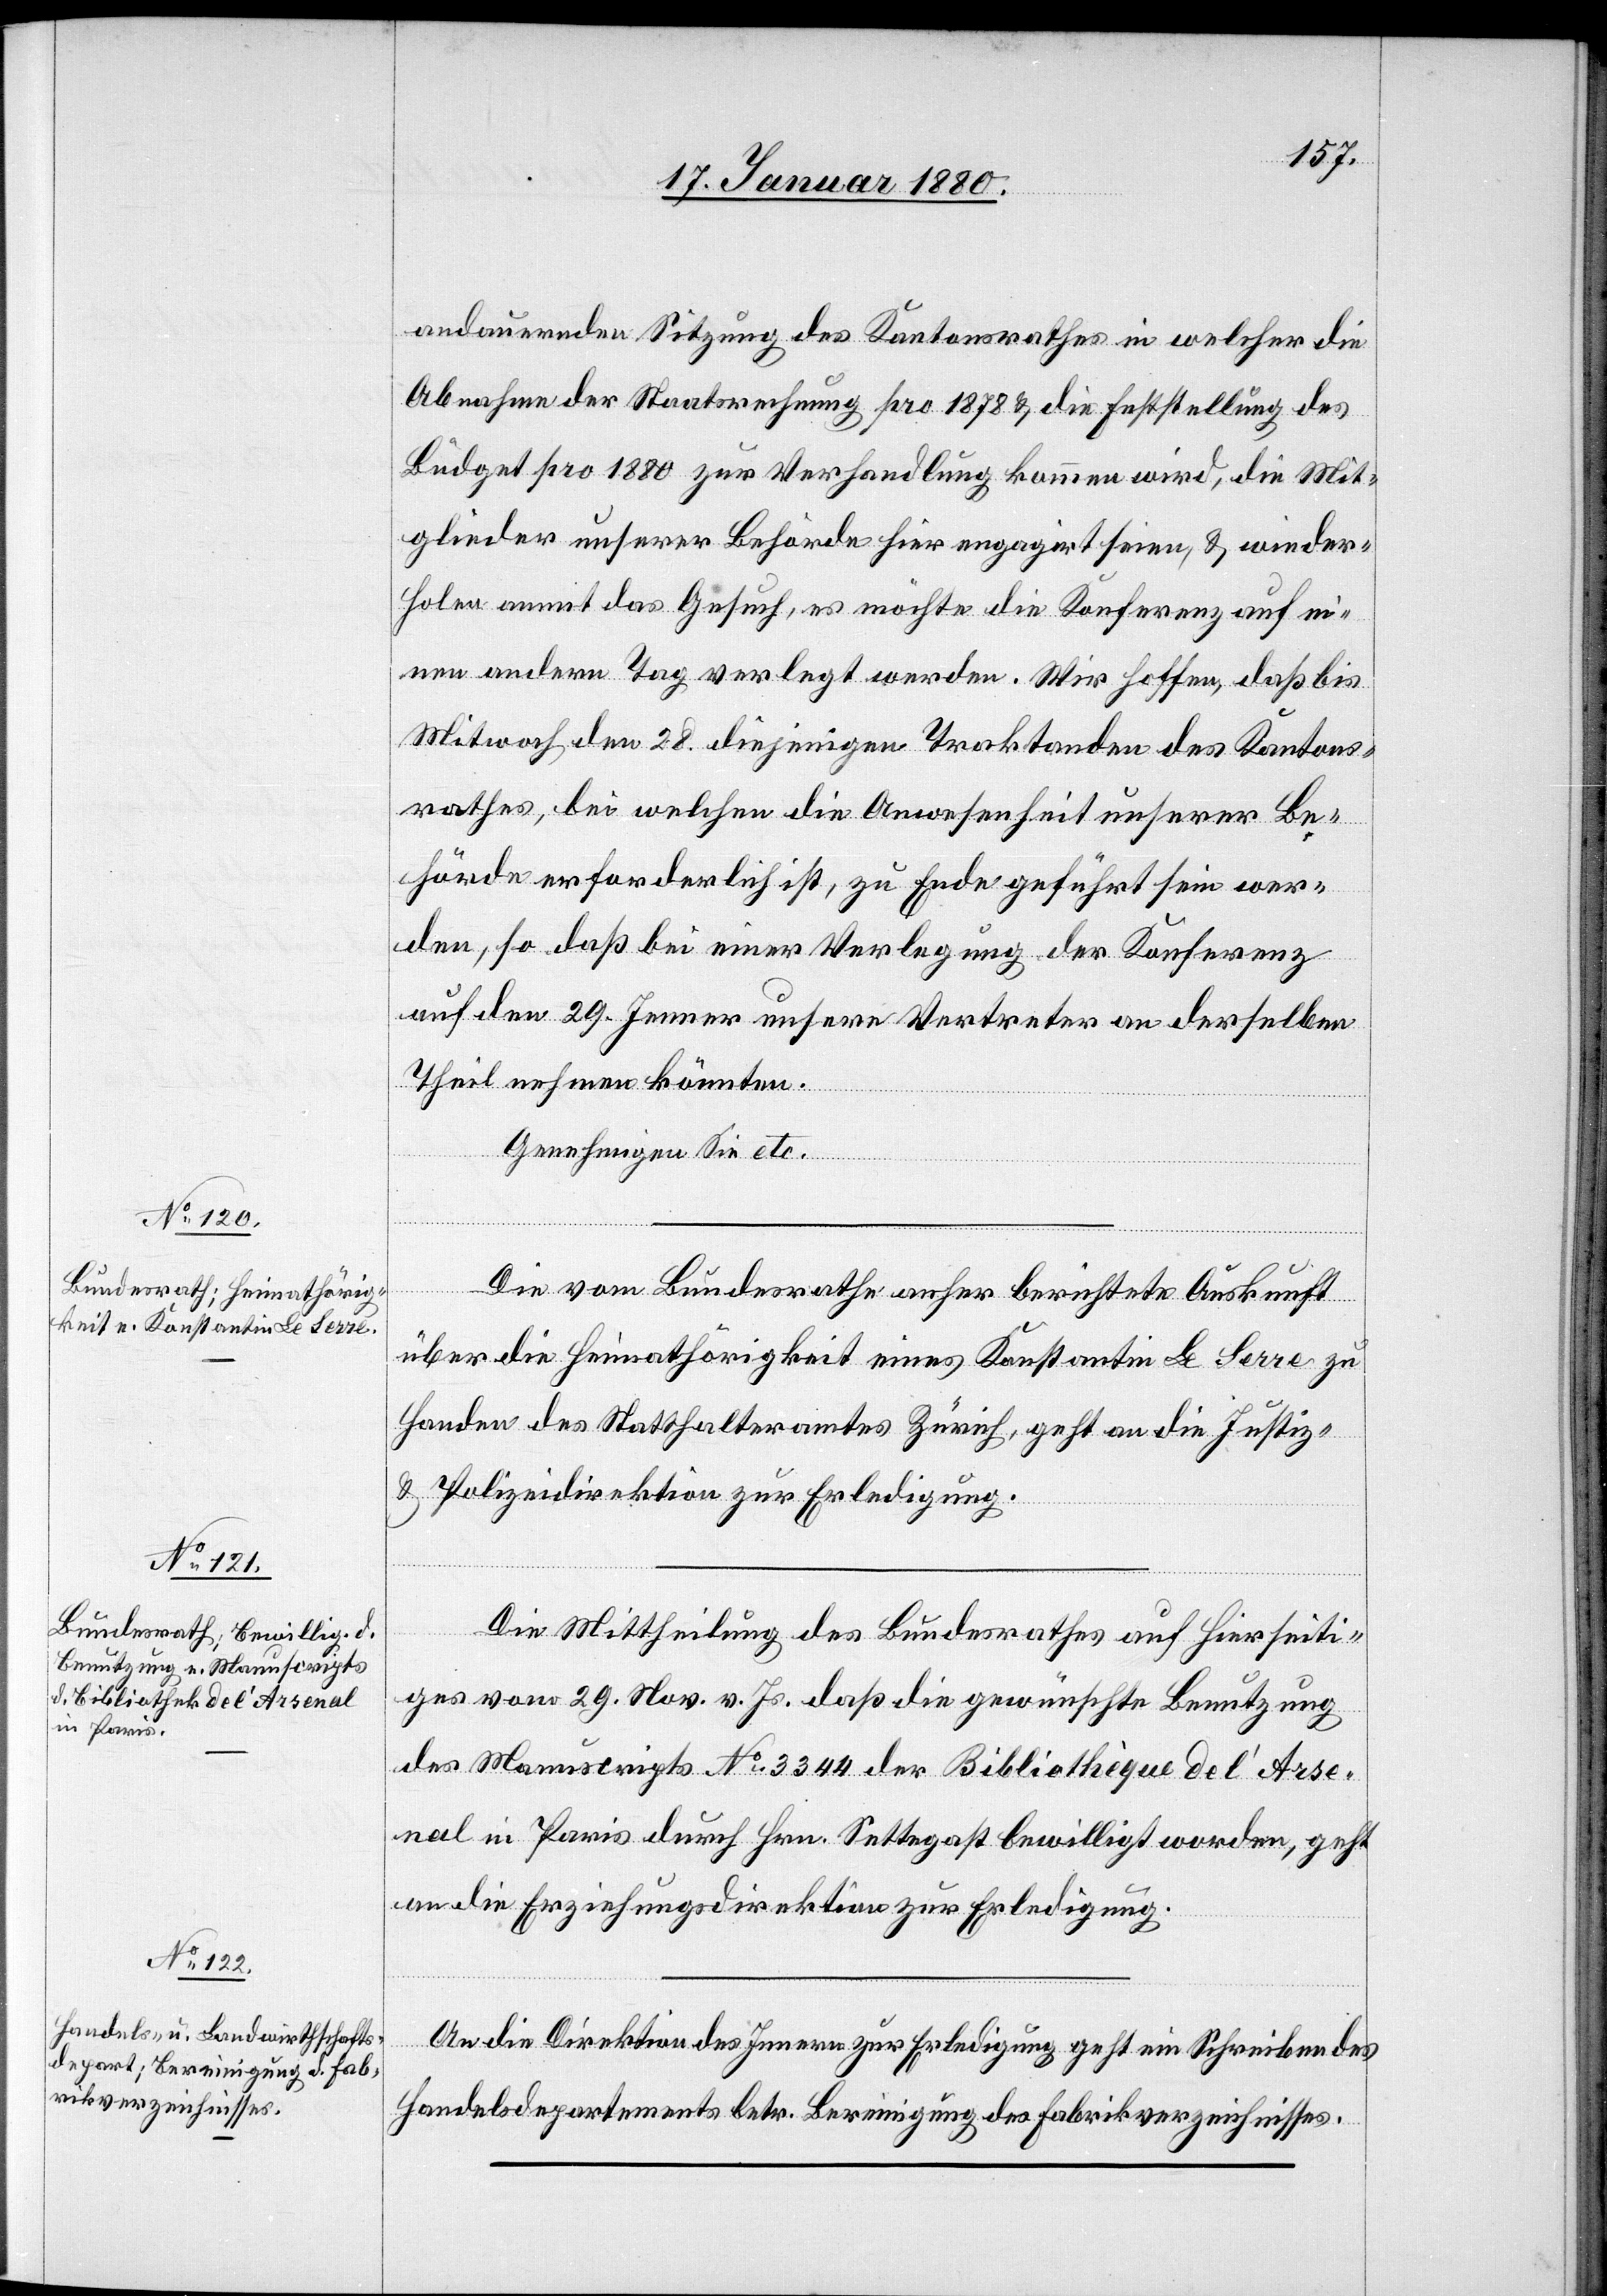
21. Januar 1880.]
andauernden Sitzung des Kantonsrathes in welcher die
Abnahme der Staatsrechnung pro 1878 & die Feststellung des
Büdget pro 1880 zur Verhandlung kommen wird, die Mit¬
glieder unserer Behörde hier engagirt seien, & wieder¬
holen anmit das Gesuch, es möchte die Konferenz auf ei¬
nen andern Tag verlegt werden. Wir hoffen, daß bis
Mitwoch, den 28. diejenigen Traktanden des Kantons¬
rathes, bei welchen die Anwesenheit unserer Be¬
hörde erforderlich ist, zu Ende geführt sein wer¬
den, so daß bei einer Verlegung der Konferenz
auf den 29. Jenner unsere Vertreter an derselben
Theil nehmen könnten.
Genehmigen Sie etc.
Die vom Bundesrathe anher berichtete Auskunft
über die Heimathörigkeit eines Konstantin Le Lerre zu
Handen des Statthalteramtes Zürich, geht an die Justiz-
& Polizeidirektion zur Erledigung.
Die Mittheilung des Bundesrathes auf Hierseiti¬
ges vom 29. Nov. v. Js. daß die gewünschte Benutzung
des Manuscripts No 3344 der Bibliothèque de l’Arse¬
nal in Paris durch Hrn. Settegast bewilligt worden, geht
an die Erziehungsdirektion zur Erledigung.
An die Direktion des Innern zur Erledigung geht ein Schreiben des
Handelsdepartements betr. Bereinigung des Fabrikverzeichnisses.